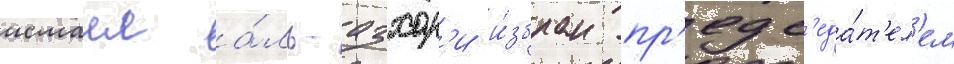
исмаил а́ль-азхар'и и́збран пр'едс'еда́т'ел'ем